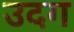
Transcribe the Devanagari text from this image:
उदग